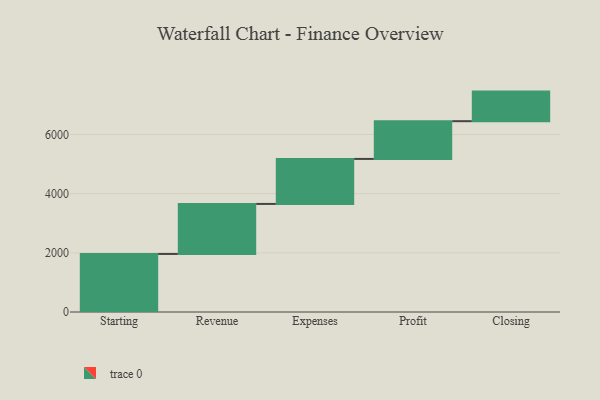
{"axis": {"x": "Step", "y": "Value"}, "legend": [""], "data": [{"x": "Starting", "y": 1962.0, "type": ""}, {"x": "Revenue", "y": 1691.0, "type": ""}, {"x": "Expenses", "y": 1521.0, "type": ""}, {"x": "Profit", "y": 1276.0, "type": ""}, {"x": "Closing", "y": 1000, "type": ""}]}